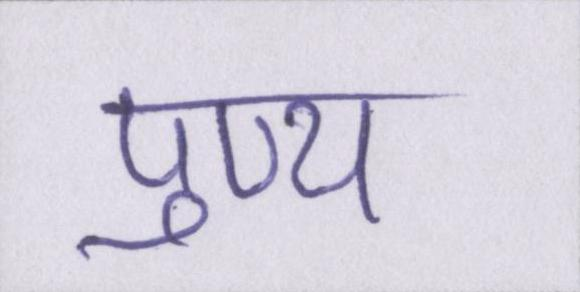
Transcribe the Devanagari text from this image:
पुण्य